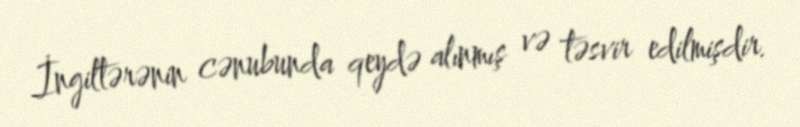
İngiltərənin cənubunda qeydə alınmış və təsvir edilmişdir.